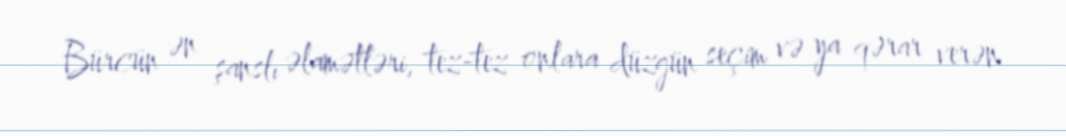
Bürcün ən şanslı əlamətləri, tez-tez onlara düzgün seçim və ya qərar verən